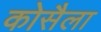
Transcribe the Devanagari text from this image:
कोसैला